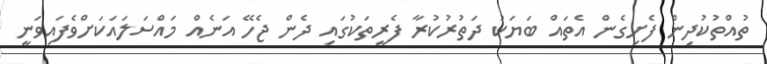
ތުއްތުކުދިން ފެށިގެން އެތައް ބަޔަކު ދަތުރުކުރާ ފެރީތަކުގައި ދެން ޖެހޭ އަނެއް މައްސަލައަކަށްވެފައިވަނީ